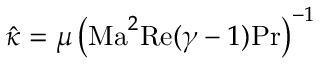
\hat { \kappa } = \mu \left( \mathrm { M a } ^ { 2 } \mathrm { R e } ( \gamma - 1 ) \mathrm { P r } \right) ^ { - 1 }